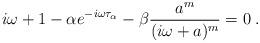
LaTeX: \begin{align*}i\omega+1-\alpha e^{-i\omega \tau_\alpha} - \beta \frac{a^m}{(i\omega + a)^m} = 0\;.\end{align*}